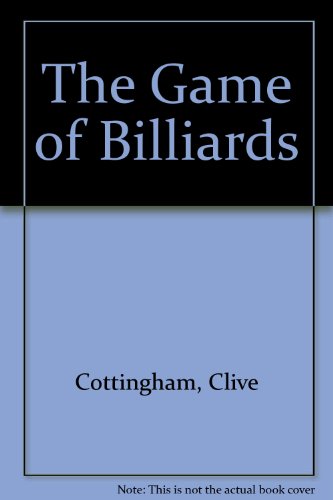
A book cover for The Game of Billiards; Clive, Jr. Cottingham; Sports & Outdoors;